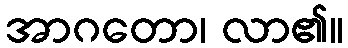
အာဂတော၊ လာ၏။